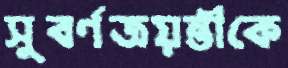
সুবর্ণজয়ন্তীকে